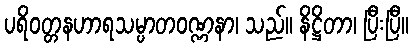
ပရိဝတ္တနဟာရသမ္ပာတဝဏ္ဏနာ၊ သည်။ နိဋ္ဌိတာ၊ ပြီးပြီ။